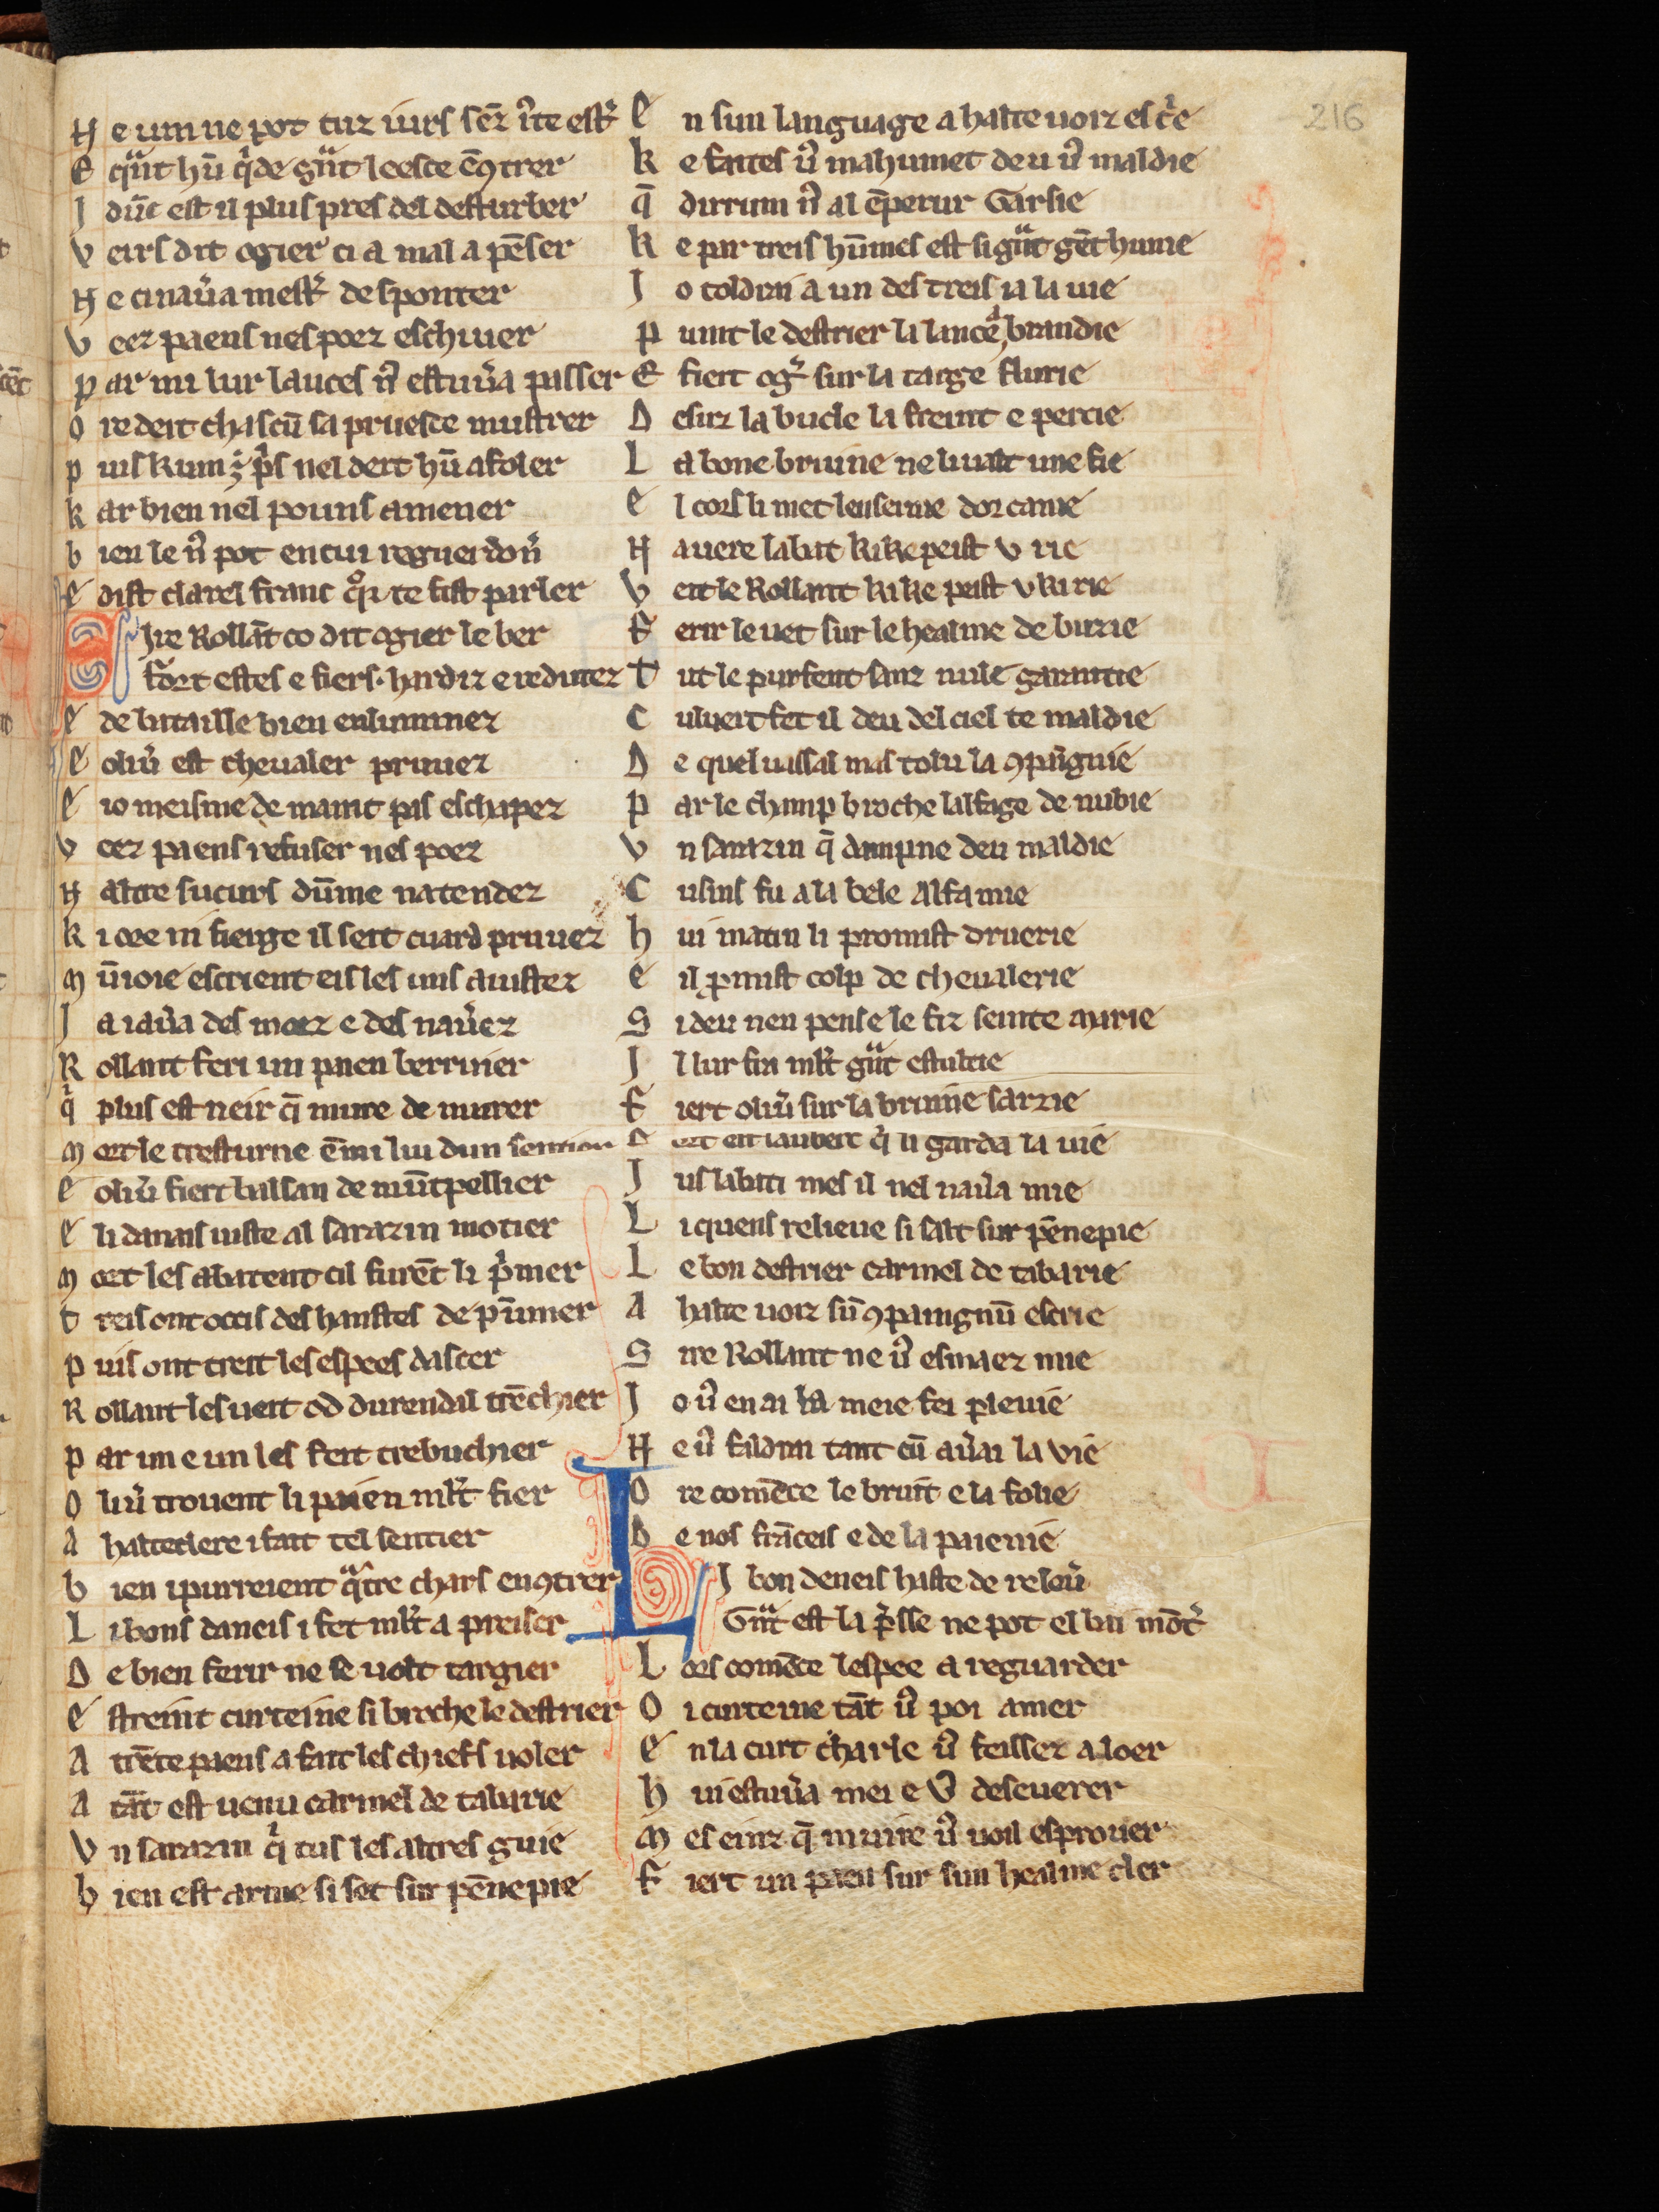
Shelfmark: Cologne, Bodmer, 168
Century: 13